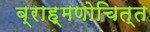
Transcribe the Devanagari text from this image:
ब्राह्मणोचित्त